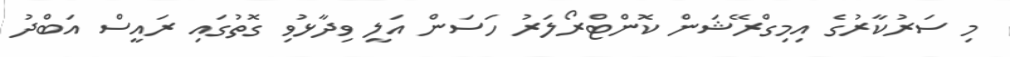
މި ސަރުކާރުގެ އިމިގްރޭޝަން ކޮންޓްރޯލަރު ހަސަން އަލީ ވިދާޅުވި ގޮތުގައި ރައީސް އަބްދު